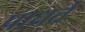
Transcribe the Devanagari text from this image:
पाधर्त